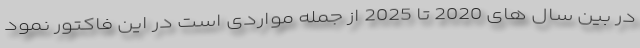
در بین سال های 2020 تا 2025 از جمله مواردی است در این فاکتور نمود